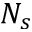
N _ { s }